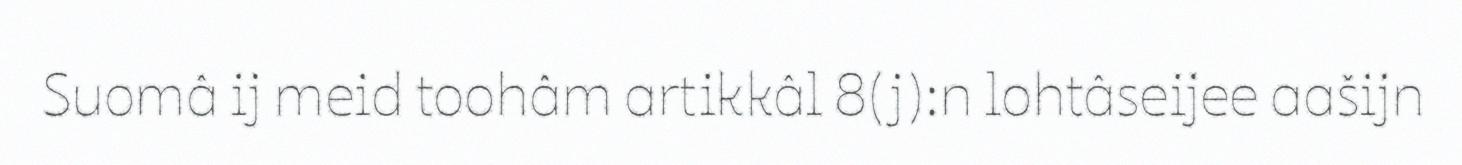
Suomâ ij meid toohâm artikkâl 8(j):n lohtâseijee aašijn